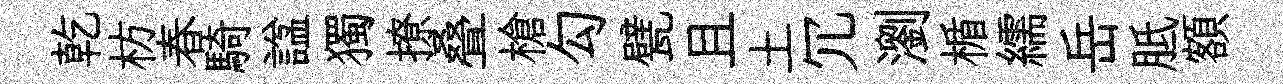
乾枋春騎諡獨撩叠槍勾甓且土冗瀏楯繻岳胝額